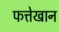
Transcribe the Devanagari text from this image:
फत्तेखान